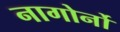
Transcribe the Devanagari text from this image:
नागोर्नो